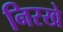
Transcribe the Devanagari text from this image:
निरखे